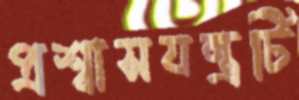
প্রশ্বাসযন্ত্রটি